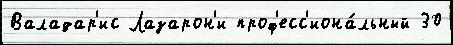
Валадар'ис Лазарон'и проф'есс'иона́льный 30